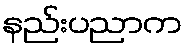
နည်းပညာက